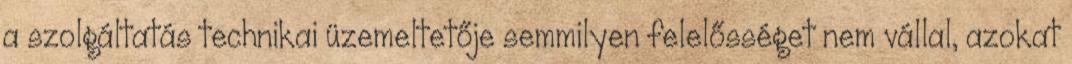
a szolgáltatás technikai üzemeltetője semmilyen felelősséget nem vállal, azokat